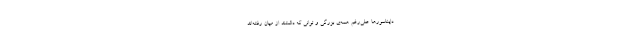
دایناسورها علی‌رغم همه‌ی بزرگی و توانی که داشتند از میان رفته‌اند.